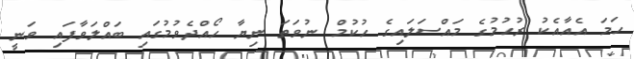
ހަމަ އެއާއެކު ރުހުމުގެ މައްސަލައިގެ ހުކުމް ނުވަތަ ނިޔާ ހޯއްދެވުމުގައި ބައްލަވާފައި ވަނީ